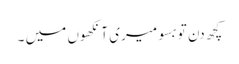
کچھ دن تو بسو میری آنکھوں میں ۔